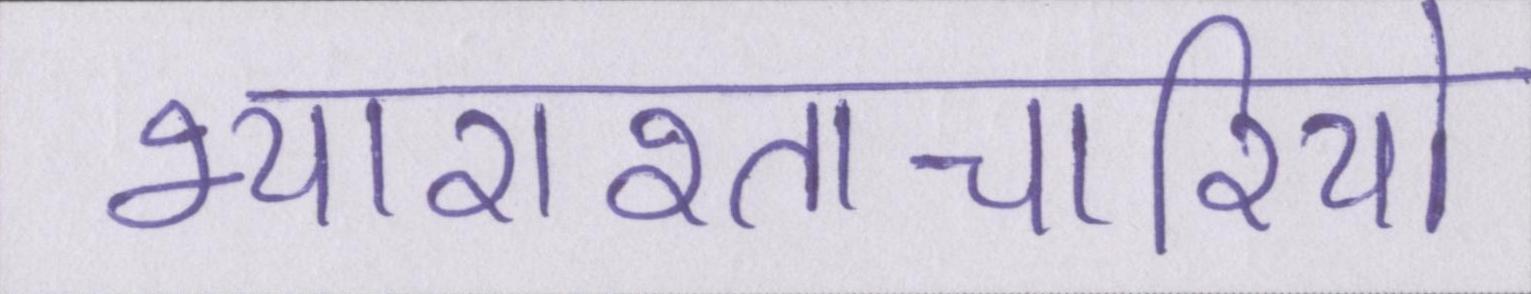
भ्याराश्ताचारियो